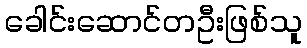
ခေါင်းဆောင်တဦးဖြစ်သူ